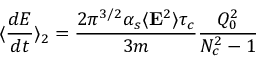
\langle { \frac { d { \cal { E } } } { d t } } \rangle _ { 2 } = { \frac { 2 \pi ^ { 3 / 2 } \alpha _ { s } \langle { \bf E } ^ { 2 } \rangle \tau _ { c } } { 3 m } } { \frac { Q _ { 0 } ^ { 2 } } { N _ { c } ^ { 2 } - 1 } }